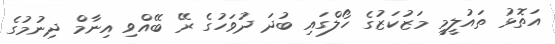
އަތޮޅު ތައުލީމީ މަޒުކަޒުގެ ހޯލްގައި ބުދަ ދުވަހުގެ ރޭ ބޭއްވި އިނާމް ދިނުމުގެ